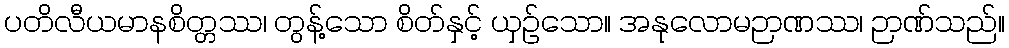
ပတိလီယမာနစိတ္တဿ၊ တွန့်သော စိတ်နှင့် ယှဉ်သော။ အနုလောမဉာဏဿ၊ ဉာဏ်သည်။